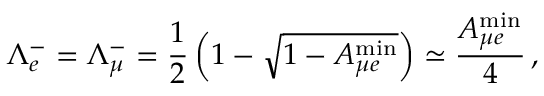
\Lambda _ { e } ^ { - } = \Lambda _ { \mu } ^ { - } = \frac { 1 } { 2 } \left( 1 - \sqrt { 1 - A _ { { \mu } e } ^ { \mathrm { m i n } } } \right) \simeq \frac { A _ { { \mu } e } ^ { \mathrm { m i n } } } { 4 } \, ,